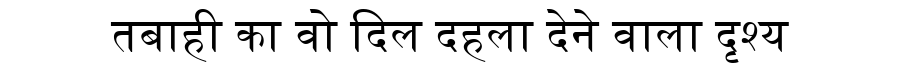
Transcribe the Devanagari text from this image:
तबाही का वो दिल दहला देने वाला दृश्य